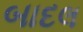
બાદલ